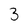
Character: 3